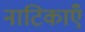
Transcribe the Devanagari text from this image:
नाटिकाएँ